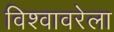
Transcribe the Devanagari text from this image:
विश्वावरेला